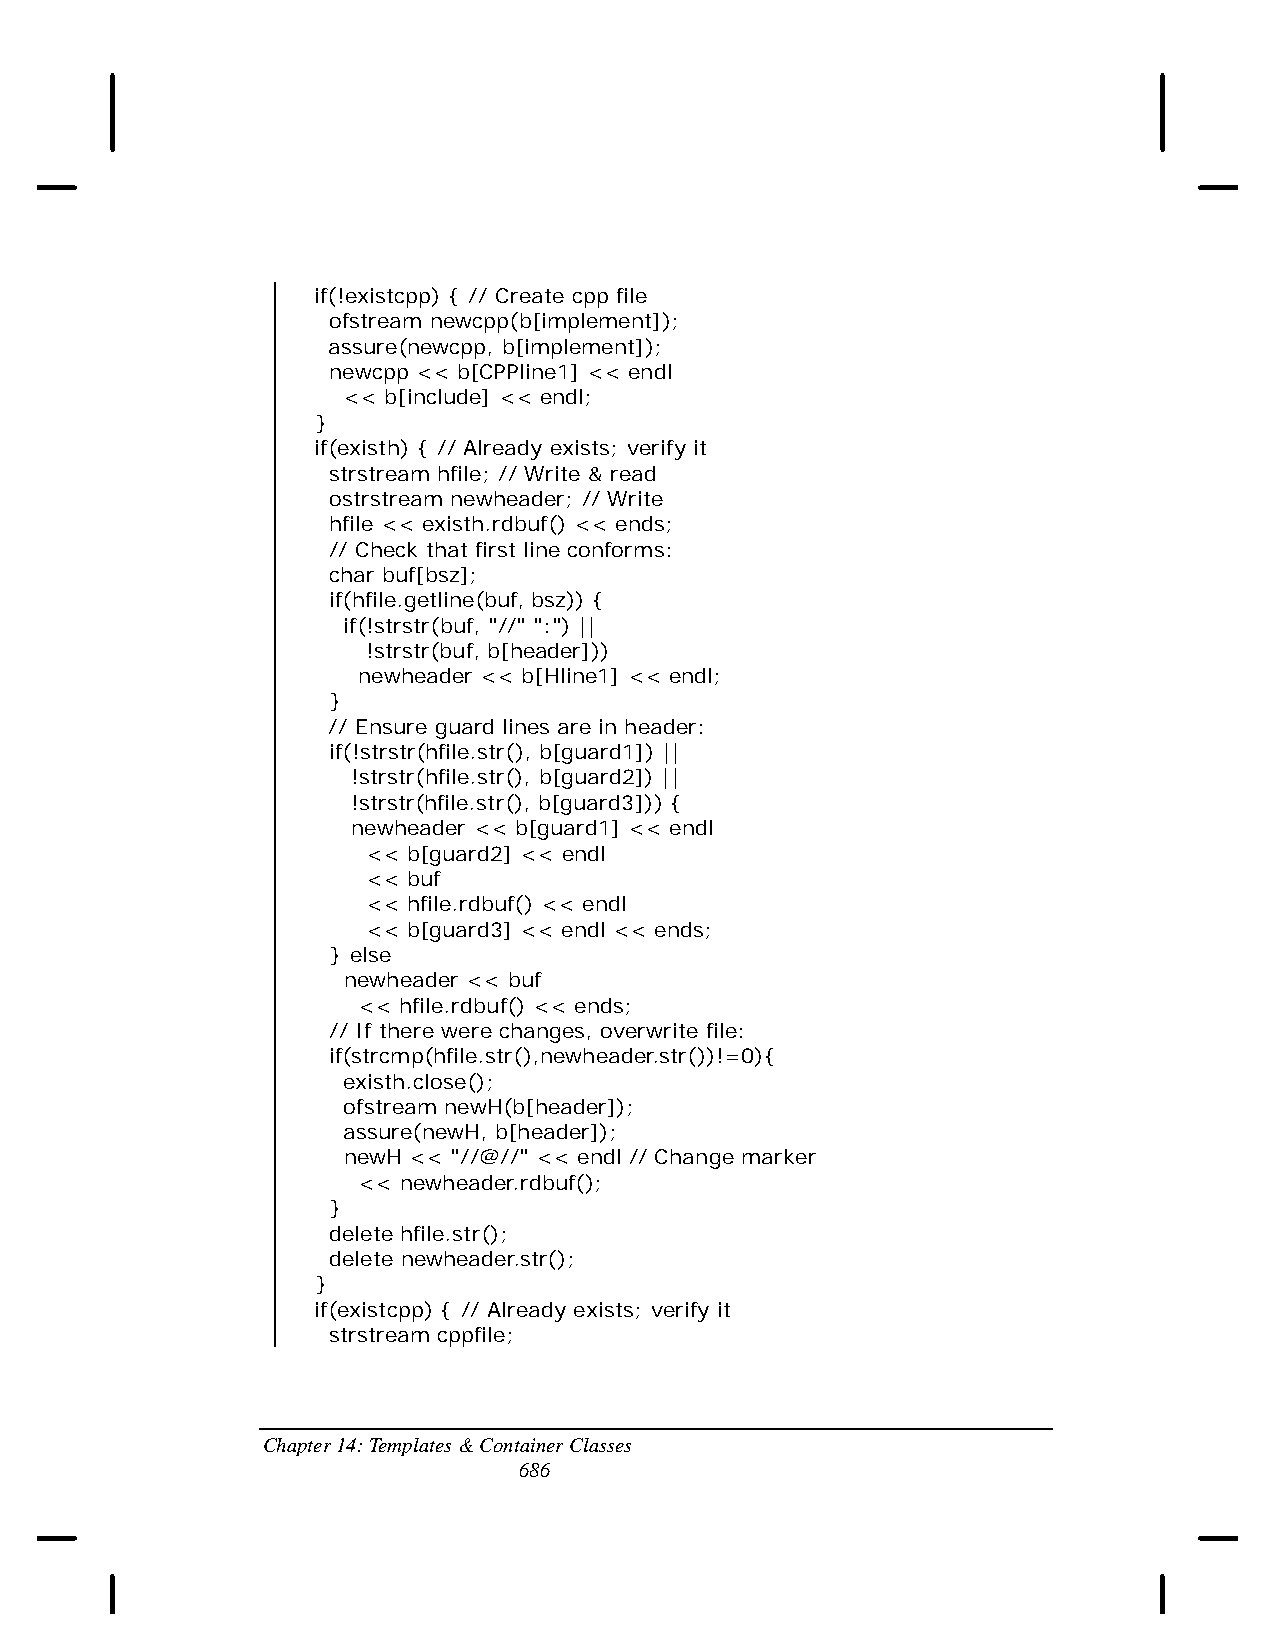
if(!existcpp) { // Create cpp file
 ofstream newcpp(b[implement]);
 assure(newcpp, b[implement]);
 newcpp << b[CPPline1] << endl
 << b[include] << endl;
 }
 if(existh) { // Already exists; verify it
 strstream hfile; // Write & read
 ostrstream newheader; // Write
 hfile << existh.rdbuf() << ends;
 // Check that first line conforms:
 char buf[bsz];
 if(hfile.getline(buf, bsz)) {
 if(!strstr(buf, "//" ":") ||
 !strstr(buf, b[header]))
 newheader << b[Hline1] << endl;
 }
 // Ensure guard lines are in header:
 if(!strstr(hfile.str(), b[guard1]) ||
 !strstr(hfile.str(), b[guard2]) ||
 !strstr(hfile.str(), b[guard3])) {
 newheader << b[guard1] << endl
 << b[guard2] << endl
 << buf
 << hfile.rdbuf() << endl
 << b[guard3] << endl << ends;
 } else
 newheader << buf
 << hfile.rdbuf() << ends;
 // If there were changes, overwrite file:
 if(strcmp(hfile.str(),newheader.str())!=0){
 existh.close();
 ofstream newH(b[header]);
 assure(newH, b[header]);
 newH << "//@//" << endl // Change marker
 << newheader.rdbuf();
 }
 delete hfile.str();
 delete newheader.str();
 }
 if(existcpp) { // Already exists; verify it
 strstream cppfile;
 Chapter 14: Templates & Container Classes
 686